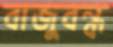
বাজুবন্ধ